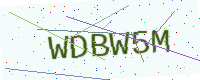
Text: WDBW5M